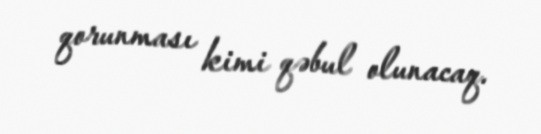
qorunması kimi qəbul olunacaq.